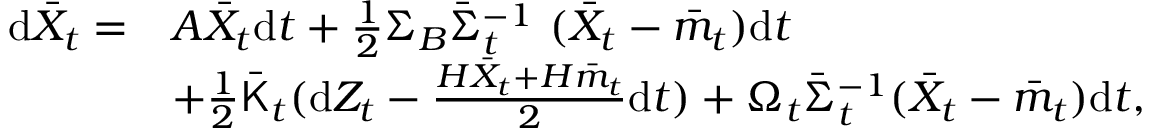
\begin{array} { r l } { \mathrm { d } \bar { X } _ { t } = } & { A \bar { X } _ { t } \mathrm { d } t + \frac { 1 } { 2 } \Sigma _ { B } \bar { \Sigma } _ { t } ^ { - 1 } \ ( \bar { X } _ { t } - \bar { m } _ { t } ) \mathrm { d } t } \\ & { + \frac { 1 } { 2 } \bar { \sf K } _ { t } ( \mathrm { d } Z _ { t } - \frac { H \bar { X } _ { t } + H \bar { m } _ { t } } { 2 } \mathrm { d } t ) + \Omega _ { t } \bar { \Sigma } _ { t } ^ { - 1 } ( \bar { X } _ { t } - \bar { m } _ { t } ) \mathrm { d } t , } \end{array}